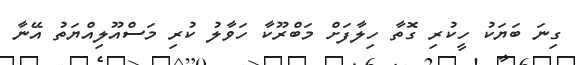
ގިނަ ބަޔަކު ހީކުރި ގޮތާ ހިލާފަށް މަބްރޫކާ ހަވާލު ކުރި މަސްއޫލިއްޔަތު އޭނާ